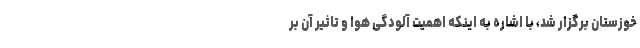
خوزستان برگزار شد، با اشاره به اینکه اهمیت آلودگی هوا و تاثیر آن بر